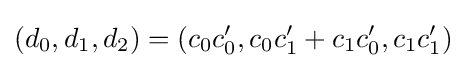
(d_{0},d_{1},d_{2})=(c_{0}c_{0}',c_{0}c_{1}'+c_{1}c_{0}',c_{1}c_{1}')